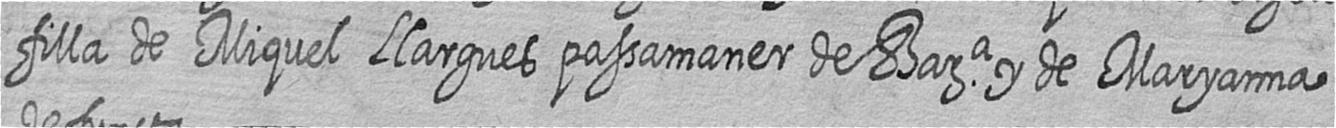
filla de Miquel Llargues passamaner de Bara y de Maryanna